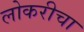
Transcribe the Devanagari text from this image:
लोकरीचा